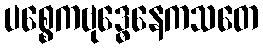
ပစ္စေကဗုဒ္ဓေနေကသတေ